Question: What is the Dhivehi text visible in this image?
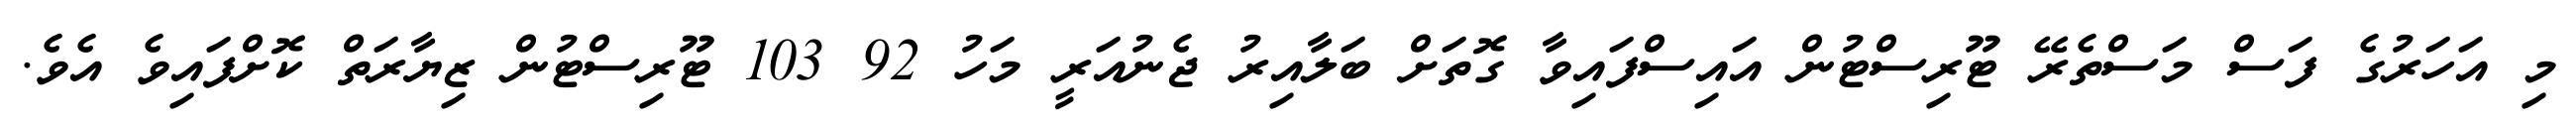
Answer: މި އަހަރުގެ ފަސް މަސްތެރޭ ޓޫރިސްޓުން އައިސްފައިވާ ގޮތަށް ބަލާއިރު ޖެނުއަރީ މަހު 92 103 ޓޫރިސްޓުން ޒިޔާރަތް ކޮށްފައިވެ އެވެ.